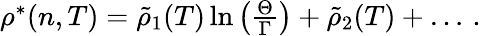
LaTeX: \begin{array}{r}{\rho^{*}(n,T)=\tilde{\rho}_{1}(T)\ln\left(\frac{\Theta}{\Gamma}\right)+\tilde{\rho}_{2}(T)+\dots\, .}\end{array}